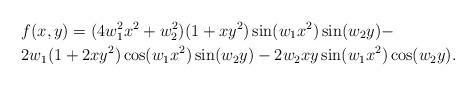
LaTeX: \begin{align*}&f(x, y) = (4 w_1^2 x^2 + w_2^2)(1+xy^2) \sin(w_1 x^2) \sin(w_2 y) - \\ & 2 w_1 (1 + 2xy^2) \cos(w_1 x^2) \sin(w_2 y) - 2 w_2 xy \sin(w_1 x^2) \cos(w_2 y).\end{align*}